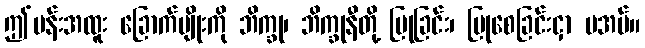
ဤပန်းအထူး ခြောက်မျိုးကို ဘိက္ခု၊ ဘိက္ခုနီတို့ ပြုခြင်း၊ ပြုစေခြင်းငှာ မအပ်။